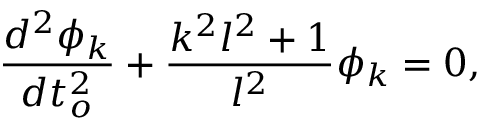
\frac { d ^ { 2 } \phi _ { k } } { d t _ { o } ^ { 2 } } + \frac { k ^ { 2 } l ^ { 2 } + 1 } { l ^ { 2 } } \phi _ { k } = 0 ,